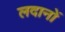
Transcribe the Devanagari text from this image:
लदानों